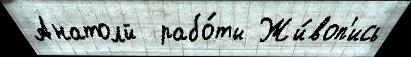
Анатолй  рабо́ты Жи́воп'ись